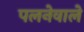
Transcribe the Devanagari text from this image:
पलनेवाले